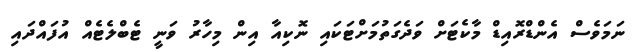
ނަމަވެސް އެންޑްރޮއިޑް މާކެޓަށް ވަދެގަތުމަށްޓަކައި ނޮކިއާ އިން މިހާރު ވަނީ ޓެބްލެޓެއް އުފައްދައި